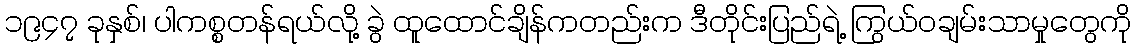
၁၉၄၇ ခုနှစ်၊ ပါကစ္စတန်ရယ်လို့ ခွဲ ထူထောင်ချိန်ကတည်းက ဒီတိုင်းပြည်ရဲ့ ကြွယ်ဝချမ်းသာမှုတွေကို